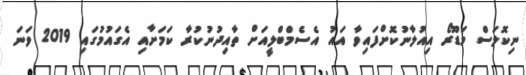
ނިކޮލަސް މަޑޫރޯ އިއުލާނުކޮށްފައިވާ އައު އެސެމްބްލީއަށް ތާއިދުނުކުރާ ކަމަށާއި އެގައުމުގައި 2019 ވަނަ